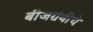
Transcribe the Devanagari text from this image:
बीजग्रंथीचे